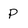
Character: p